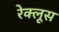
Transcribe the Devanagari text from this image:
रेक्लूस